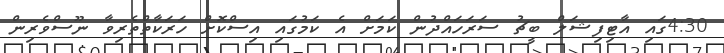
4:30ގައި އާޓިފިޝަލް ބީޗު ސަރަހައްދުން ކަމަށް އެ ކަމުގައި އިސްކޮށް ހަރަކާތްތެރިވާ ނޫސްވެރިން